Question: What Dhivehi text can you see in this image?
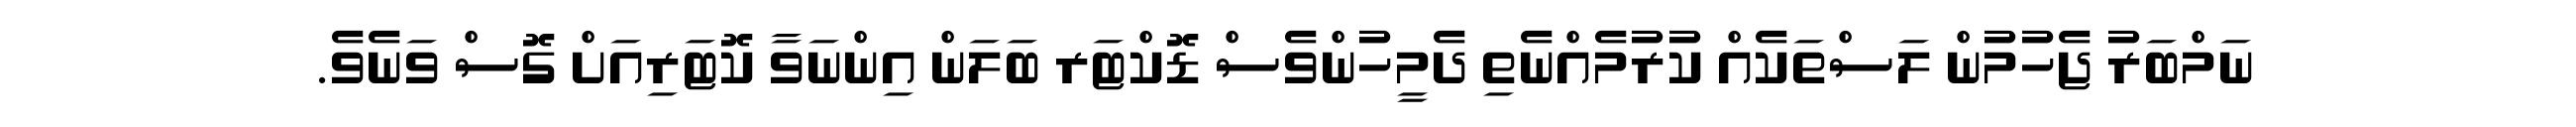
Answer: ނަމްބަރު ޖެހުމުން ލަސްތަކެއް ކުރުމެއްނެތި ދެމީހުންވެސް ޑޮކްޓަރ ބަލަން އިންނަވާ ކޮޓަރިއަށް ގޮސް ވަނެވެ.